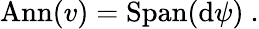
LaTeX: \mathrm{Ann}(v)=\mathrm{Span}(\mathrm{d}\psi)\ .